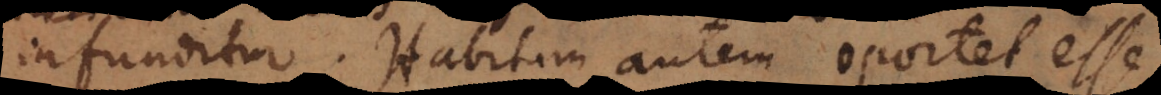
infunditur. Habitum autem oportet esse